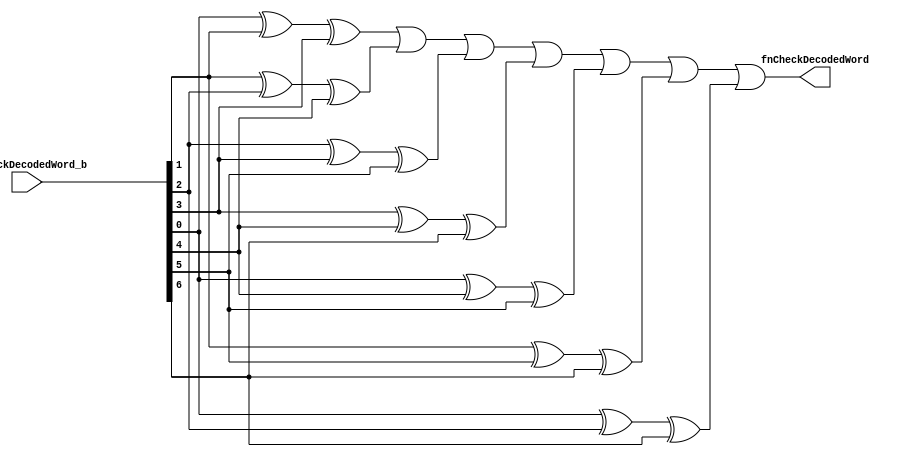
module module_fnCheckDecodedWord(fnCheckDecodedWord_b,
				 fnCheckDecodedWord);
  // value method fnCheckDecodedWord
  input  [6 : 0] fnCheckDecodedWord_b;
  output fnCheckDecodedWord;

  // signals for module outputs
  wire fnCheckDecodedWord;

  // remaining internal signals
  wire x__h27,
       x__h29,
       x__h31,
       x__h310,
       x__h33,
       x__h35,
       x__h37,
       x__h380,
       x__h39,
       x__h429,
       x__h478,
       x__h506,
       x__h534,
       y__h28,
       y__h30,
       y__h32,
       y__h34,
       y__h36,
       y__h38;

  // value method fnCheckDecodedWord
  assign fnCheckDecodedWord = x__h27 | y__h28 ;

  // remaining internal signals
  assign x__h27 = x__h29 | y__h30 ;
  assign x__h29 = x__h31 | y__h32 ;
  assign x__h31 = x__h33 | y__h34 ;
  assign x__h310 = fnCheckDecodedWord_b[1] ^ fnCheckDecodedWord_b[2] ;
  assign x__h33 = x__h35 | y__h36 ;
  assign x__h35 = x__h37 | y__h38 ;
  assign x__h37 = x__h39 ^ fnCheckDecodedWord_b[3] ;
  assign x__h380 = fnCheckDecodedWord_b[2] ^ fnCheckDecodedWord_b[3] ;
  assign x__h39 = fnCheckDecodedWord_b[0] ^ fnCheckDecodedWord_b[1] ;
  assign x__h429 = fnCheckDecodedWord_b[3] ^ fnCheckDecodedWord_b[4] ;
  assign x__h478 = fnCheckDecodedWord_b[0] ^ fnCheckDecodedWord_b[4] ;
  assign x__h506 = fnCheckDecodedWord_b[1] ^ fnCheckDecodedWord_b[5] ;
  assign x__h534 = fnCheckDecodedWord_b[0] ^ fnCheckDecodedWord_b[2] ;
  assign y__h28 = x__h534 ^ fnCheckDecodedWord_b[6] ;
  assign y__h30 = x__h506 ^ fnCheckDecodedWord_b[6] ;
  assign y__h32 = x__h478 ^ fnCheckDecodedWord_b[5] ;
  assign y__h34 = x__h429 ^ fnCheckDecodedWord_b[6] ;
  assign y__h36 = x__h380 ^ fnCheckDecodedWord_b[5] ;
  assign y__h38 = x__h310 ^ fnCheckDecodedWord_b[4] ;
endmodule